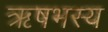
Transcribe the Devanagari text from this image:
ऋषभस्य